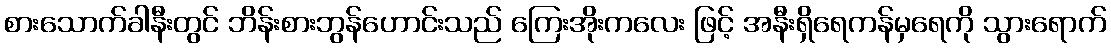
စားသောက်ခါနီးတွင် ဘိန်းစားဘွန်ဟောင်းသည် ကြေးအိုးကလေး ဖြင့် အနီးရှိရေကန်မှရေကို သွားရောက်